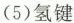
(5)氢键